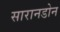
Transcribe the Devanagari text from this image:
सारानडोन